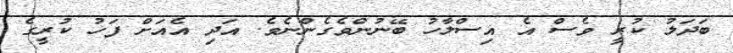
ބަދަލު ކުރީ ވެސް އެ އިސްލާހު ބޭނުންވެގެންނެވެ. އަދި އެއަށް ފަހު ކުރީގެ